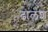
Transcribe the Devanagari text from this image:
ढालश्